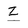
Character: Z